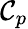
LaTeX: \mathcal{C}_{p}